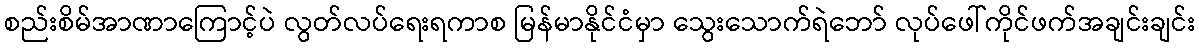
စည်းစိမ်အာဏာကြောင့်ပဲ လွတ်လပ်ရေးရကာစ မြန်မာနိုင်ငံမှာ သွေးသောက်ရဲဘော် လုပ်ဖေါ်ကိုင်ဖက်အချင်းချင်း